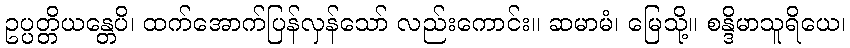
ဥပ္ပတ္တိယန္တေပိ၊ ထက်အောက်ပြန်လှန်သော် လည်းကောင်း။ ဆမာမံ၊ မြေသို့။ စန္ဒိမာသူရိယေ၊